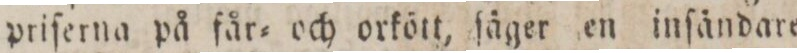
priferna på får= och orkött, ſäger en inſändare